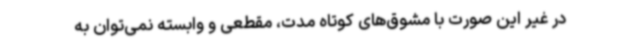
در غیر این صورت با مشوق‌های کوتاه مدت، مقطعی و وابسته نمی‌توان به